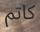
كاتم